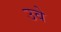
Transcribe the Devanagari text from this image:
उवे